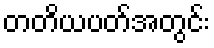
တတိယပတ်အတွင်း